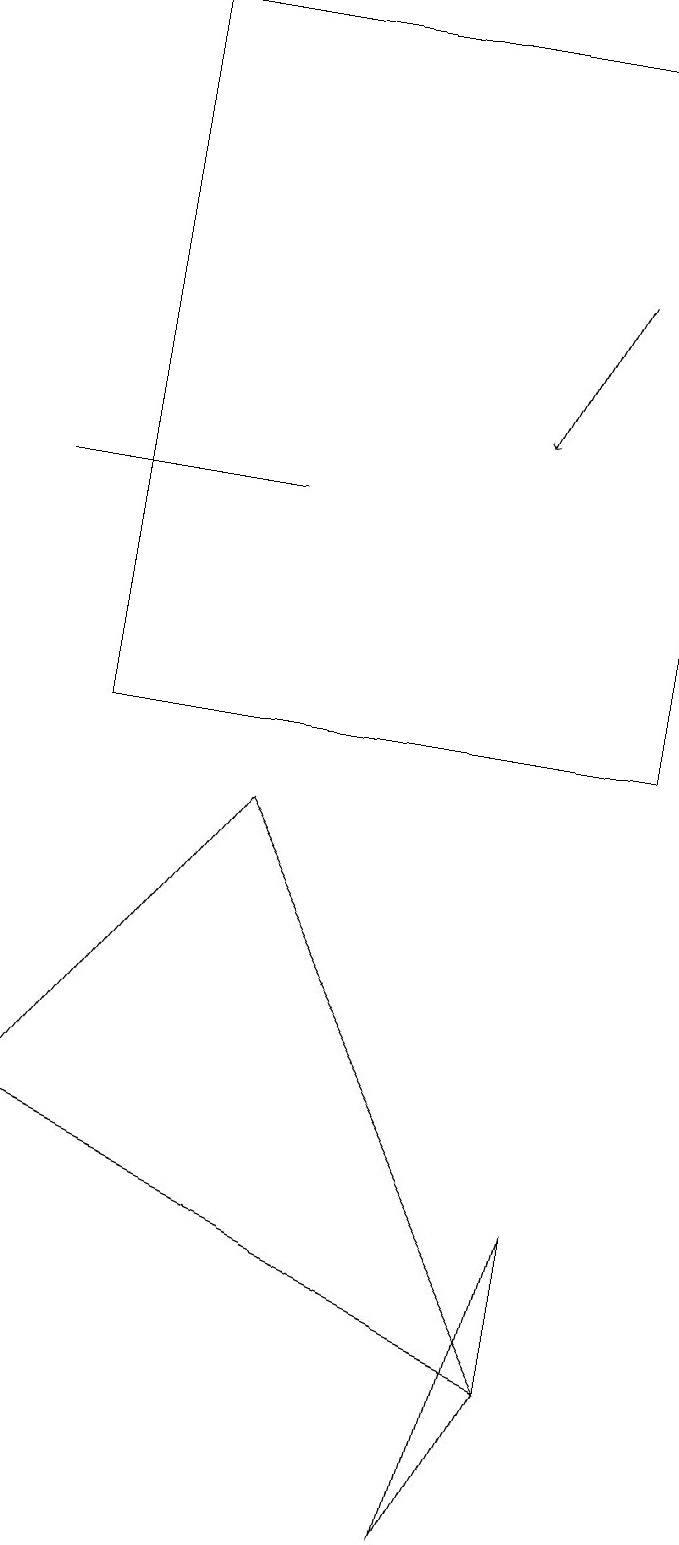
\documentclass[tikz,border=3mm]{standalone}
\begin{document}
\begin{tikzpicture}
\draw (6,0) -- (7,4) -- (7,2) -- cycle;
\draw (1,19) rectangle (8,10);
\draw (0,13) rectangle (3,13);
\draw (0,5) -- (7,2) -- (3,9) -- cycle;
\draw[->] (7,16) -- (6,14);
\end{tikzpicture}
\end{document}